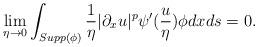
LaTeX: \begin{align*}\lim_{\eta\rightarrow0}\int_{Supp(\phi)}\frac{1}{\eta}|\partial_{x}u|^{p}\psi{^{\prime}}(\frac{u}{\eta})\phi dxds=0. \end{align*}